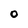
Character: 0